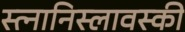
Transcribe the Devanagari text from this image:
स्त्नानिस्लावस्की